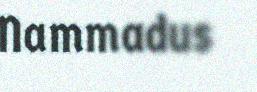
Nammadus